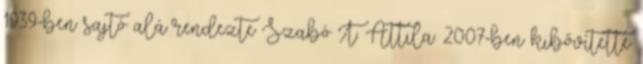
1939-ben sajtó alá rendezte Szabó T. Attila. 2007-ben kibővítette